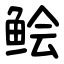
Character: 鲙